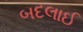
બદલાઈ